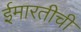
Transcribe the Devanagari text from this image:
ईमारतीची